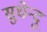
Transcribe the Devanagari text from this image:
सुधेन्दु